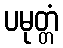
ပမုတ္တံ